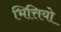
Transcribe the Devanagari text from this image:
भित्तियो